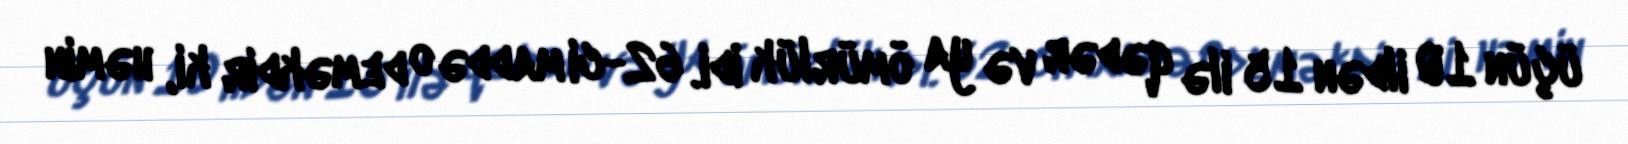
üçün 10 ildən 15 ilə qədər və ya ömürlük idi. 62-ci maddə o deməkdir ki, həmin